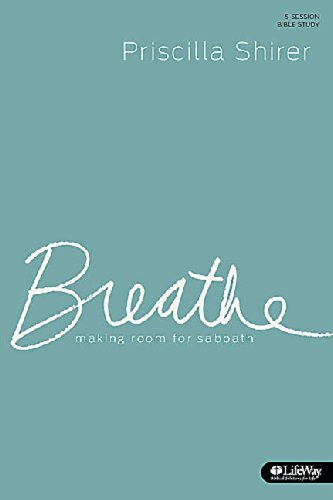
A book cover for Breathe: Making Room for Sabbath (Member Book); Priscilla Shirer; Christian Books & Bibles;